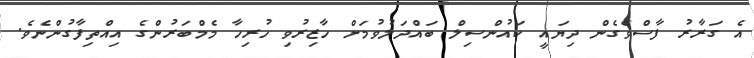
އެ ގަރާރު ފާސްވެގެން ދިޔައީ ކައުންސިލް ބައްދަލުވުމަށް ހާޒިރުވި ހުރިހާ މެމްބަރުންގެ އިއްތިފާގުންނެވެ.